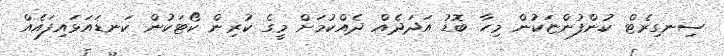
ސިނގިރެޓް ކުންފުންޏަކުން މިހާ ބޮޑު އަދަދެއް ދެއްކުމަށް މީގެ ކުރިން ކޯޓަކުން ކަނޑައަޅައިފައެއް